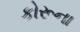
કોરૂના